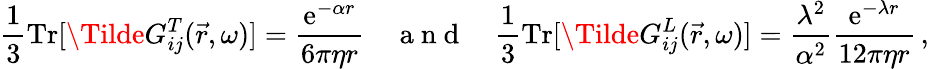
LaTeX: \frac{1}{3}\mathrm{Tr}[\Tilde{G}_{ij}^{T}(\vec{r},\omega)]=\frac{\mathrm{e}^{-\alpha r}}{6\pi\eta r}\quad\mathrm{~a~n~d~}\quad\frac{1}{3}\mathrm{Tr}[\Tilde{G}_{ij}^{L}(\vec{r},\omega)]=\frac{\lambda^{2}}{\alpha^{2}}\frac{\mathrm{e}^{-\lambda r}}{12\pi\eta r}\, ,